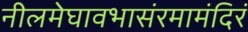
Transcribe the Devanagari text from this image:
नीलमेघावभासंरमामंदिरं